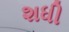
શધી